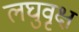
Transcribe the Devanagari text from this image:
लघुवृक्ष